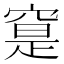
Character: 𥦽